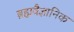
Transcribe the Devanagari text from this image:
ब्रह्मवैज्ञानिक